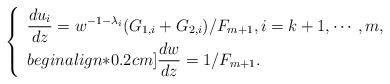
LaTeX: \begin{align*}\left\{ \begin{array}{l}\displaystyle \frac{du_{i}}{dz} = w^{-1-\lambda _{i}}(G_{1,i} + G_{2,i})/F_{m+1}, i=k+1,\cdots ,m, \\begin{align*}0.2cm]\displaystyle \frac{dw}{dz} =1/F_{m+1}. \\\end{array} \right.\end{align*}